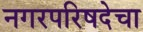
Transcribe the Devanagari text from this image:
नगरपरिषदेचा